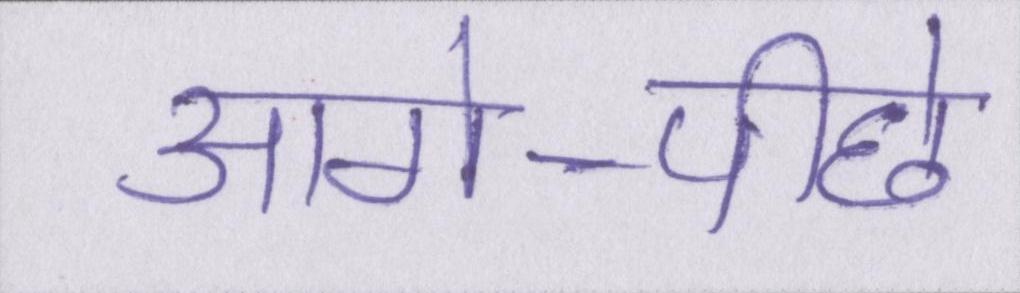
आगे-पीछे